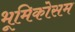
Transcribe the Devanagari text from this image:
भूमिकोसम